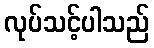
လုပ်သင့်ပါသည်